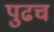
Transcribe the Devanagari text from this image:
पुढच